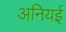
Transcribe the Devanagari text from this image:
अनियई